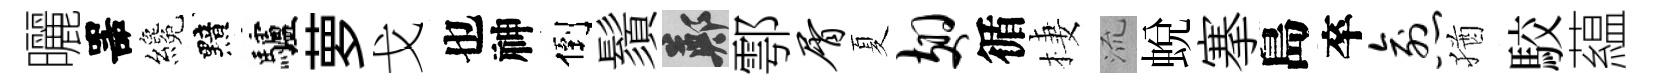
曬噐纔黯驢萝戈也神倒鬚鄭鄠屑夏翅循棲𣴑蛻搴島卒愈猶駮藴